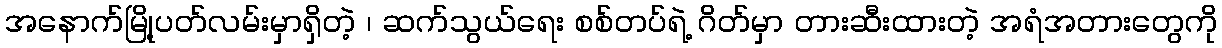
အနောက်မြို့ပတ်လမ်းမှာရှိတဲ့ ၊ ဆက်သွယ်ရေး စစ်တပ်ရဲ့ ဂိတ်မှာ တားဆီးထားတဲ့ အရံအတားတွေကို